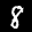
Label: 8